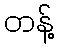
တန့်